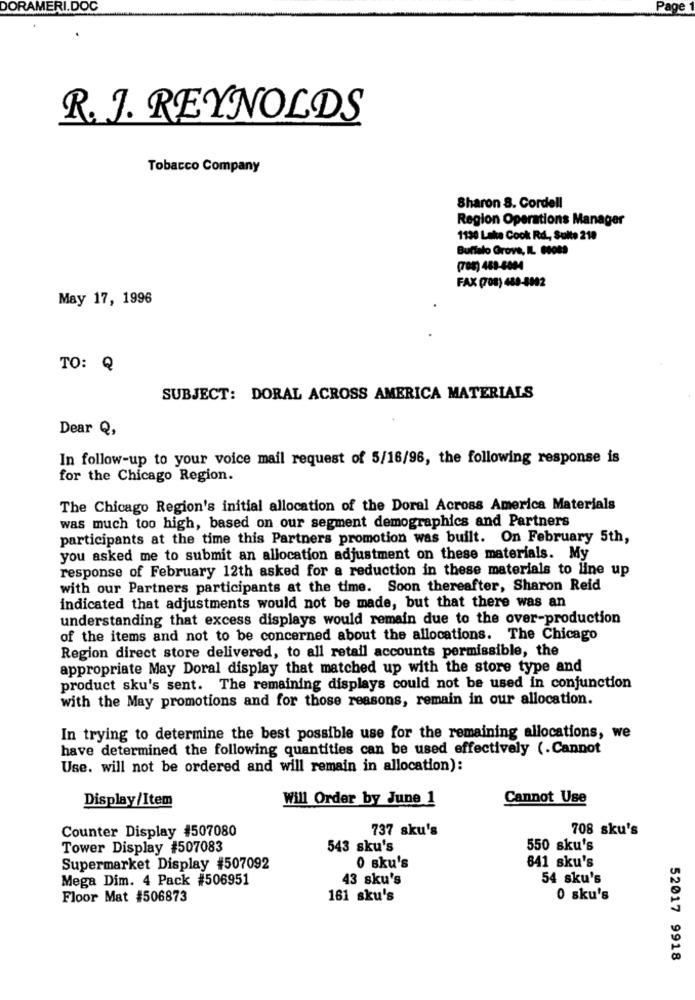
DORAMERI.DOC
Page
R. J. REYNOLDS
Tobacco Company
Sharon S. Cordell
Region Operations Manager
1130 Lake Cook Rd ., Sulte 218
Buffalo Grove, IL 63089
(708) 463-4004
FAX (708) 488-8002
May 17, 1996
TO: Q
SUBJECT: DORAL ACROSS AMERICA MATERIALS
Dear Q,
In follow-up to your voice mail request of 5/16/96, the following response is
for the Chicago Region.
The Chicago Region's initial allocation of the Doral Across America Materials
was much too high, based on our segment demographics and Partners
participants at the time this Partners promotion was built. On February 5th,
you asked me to submit an allocation adjustment on these materials. My
response of February 12th asked for a reduction in these materials to line up
with our Partners participants at the time. Soon thereafter, Sharon Reid
indicated that adjustments would not be made, but that there was an
understanding that excess displays would remain due to the over-production
of the items and not to be concerned about the allocations. The Chicago
Region direct store delivered, to all retail accounts permissible, the
appropriate May Doral display that matched up with the store type and
product sku's sent. The remaining displays could not be used in conjunction
with the May promotions and for those reasons, remain in our allocation.
In trying to determine the best possible use for the remaining allocations, we
have determined the following quantities can be used effectively (.Cannot
Use. will not be ordered and will remain in allocation):
Display/Item
Will Order by June 1
Cannot Use
Counter Display #507080
737 sku's
708 sku's
Tower Display #507083
543 sku's
550 sku's
641 sku's
Supermarket Display #507092
0 sku's
Mega Dim. 4 Pack #506951
43 sku's
54 sku's
Floor Mat #506873
161 sku's
0 sku's
52017 9918